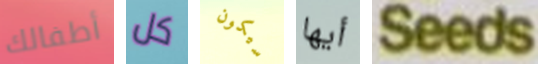
أطفالك كل سيكون أيها Seeds